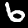
Label: 6